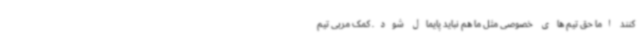
کنند اما حق تیم های خصوصی مثل ما هم نباید پایمال شود. کمک مربی تیم